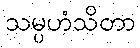
သမ္ပဟံသိတာ